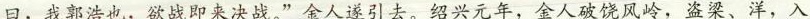
日，我郭浩也，欲战即来决战。”金人遂引去。绍兴元年，金人破饶风岭，盗梁、洋，入